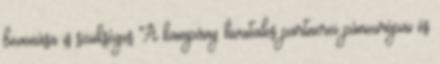
bevonása is szükséges A kampány hivatalos partnerei páneurópai és